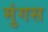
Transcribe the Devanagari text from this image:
मुंगस